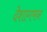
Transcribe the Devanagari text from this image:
देशागमन